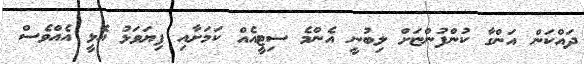
ދައްކަން އަންގާ ކުންފުންޏަށް ލިބުނީ އެންމެ ސިޓީއެއް ކަމަށާއި ފިޔަވަޅު އެޅީ އެއްވެސް